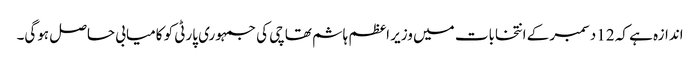
اندازہ ہے کہ 12 دسمبر کے انتخابات میں وزیر اعظم ہاشم تھاچی کی جمہوری پارٹی کو کامیابی حاصل ہوگی۔